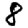
Digit: 8